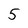
Character: 5